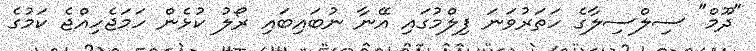
"ދޫމް" ސިލްސިލާގެ ހަތަރުވަނަ ފިލްމުގައި އޭނާ ނުބައިބައި ރޯލު ކުޅެން ހަމަޖެހިއްޖެ ކަމުގެ